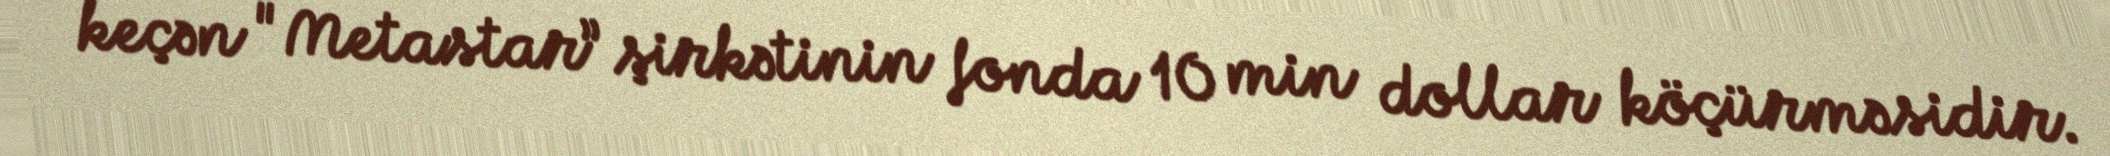
keçən "Metastar” şirkətinin fonda 10 min dollar köçürməsidir.